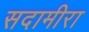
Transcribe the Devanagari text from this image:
सदामीरा